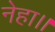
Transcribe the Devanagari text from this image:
नेहा।।